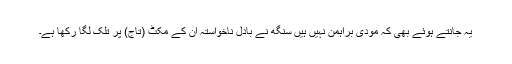
یہ جانتے ہوئے بھی کہ مودی براہمن نہیں ہیں سنگھ نے بادلِ ناخواستہ ان کے مکٹ (تاج) پر تلک لگا رکھا ہے۔